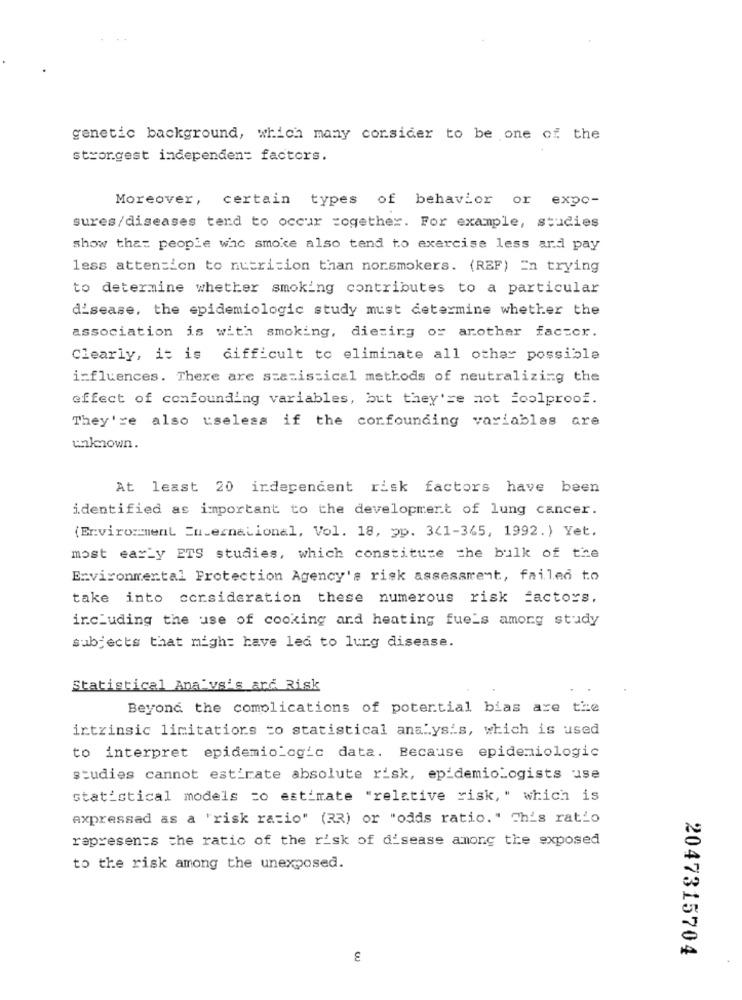
genetic background, which many consider to be one of the
strongest independen= factors.
Moreover,
certain types of behavior or expo-
sures/diseases tend to occur =ogether. For example, studies
show that people who smoke also tend to exercise less ard pay
less attention to nutrition than nonsmokers. (REF) En trying
to determine whether smoking contributes to a particular
disease, the epidemiologic study must determine whether the
association is with smoking, diezing or another factor.
Clearly, it is difficult to eliminate all other possible
i=fluences. There are statistical methods of neutralizing the
effect of confounding variables, but they're not foolproof.
They're also useless if the confounding variables are
unknown.
At least 20 independent risk factors have been
identified as important to the development of lung cancer.
(Environment Encernational, Vol. 18, pp. 3(1-365, 1992.) Yet.
most early ETS studies, which constitute the bulk of the
Environmental Protection Agency's risk assessment, failed to
take into consideration these numerous risk factors.
including the use of cooking and heating fue's among study
subjects that might have led to lung disease.
Statistical Ana vs's ard Risk
Beyond the complications of potential bias are the
intrinsic limitations to statistical analysis, which is used
to interpret epidemiologic data. Because epidemiologic
studies cannot estirate absolute risk, epidemiologists use
statistical models co estimate "relative risk, " which is
Axpressad as a 'risk ratio" (33) or "odds ratio. " This ratio
rapresents the ratio of the risk of disease among the exposed
to the risk among the unexposed.
2047315704